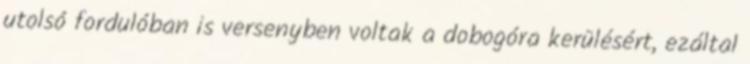
utolsó fordulóban is versenyben voltak a dobogóra kerülésért, ezáltal